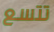
تتسع